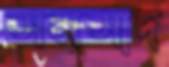
সমসাদ